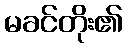
မခင်တိုး၏